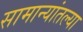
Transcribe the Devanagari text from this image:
सामान्यांतल्या